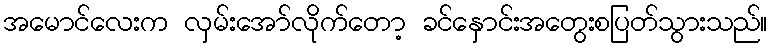
အမောင်လေးက လှမ်းအော်လိုက်တော့ ခင်နှောင်းအတွေးစပြတ်သွားသည်။